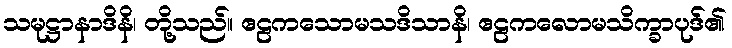
သမုဋ္ဌာနာဒိနိ၊ တို့သည်။ ဧဠကသောမသဒိသာနိ၊ ဧဠကလောမသိက္ခာပုဒ်၏